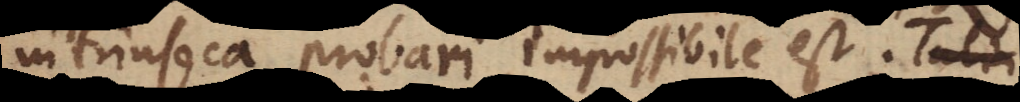
intrinseca probari impossibile est. Tal